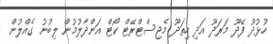
ހުޅުދޫ ފޭދޫ މަރަދޫ އަދި ހިތަދޫ މެޖިސްޓްރޭޓް ކޯޓް އަންދާލުމުން ލިބުނު ގެއްލުން